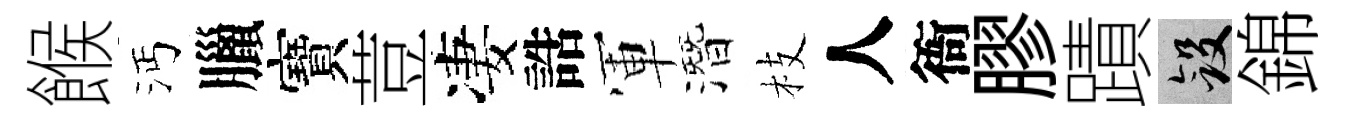
餱沔臘寶荳凄誥軍潛枝人衙膠蹟斂錦